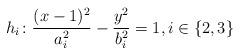
LaTeX: \begin{align*} h_i \colon \frac{(x-1)^2}{a_i^2} - \frac{y^2}{b_i^2} = 1 , i \in \{2,3\}\end{align*}